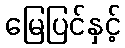
မြေပြင်နှင့်